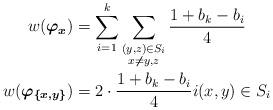
LaTeX: \begin{align*}w(\boldsymbol{\varphi_{x}}) & =\sum_{i=1}^{k}\sum_{\substack{(y,z)\in S_{i}\\x\not\neq y,z}}\frac{1+b_{k}-b_{i}}{4}\\w(\boldsymbol{\varphi_{\{x,y\}}}) & =2\cdot\frac{1+b_{k}-b_{i}}{4}i(x,y)\in S_{i}\end{align*}